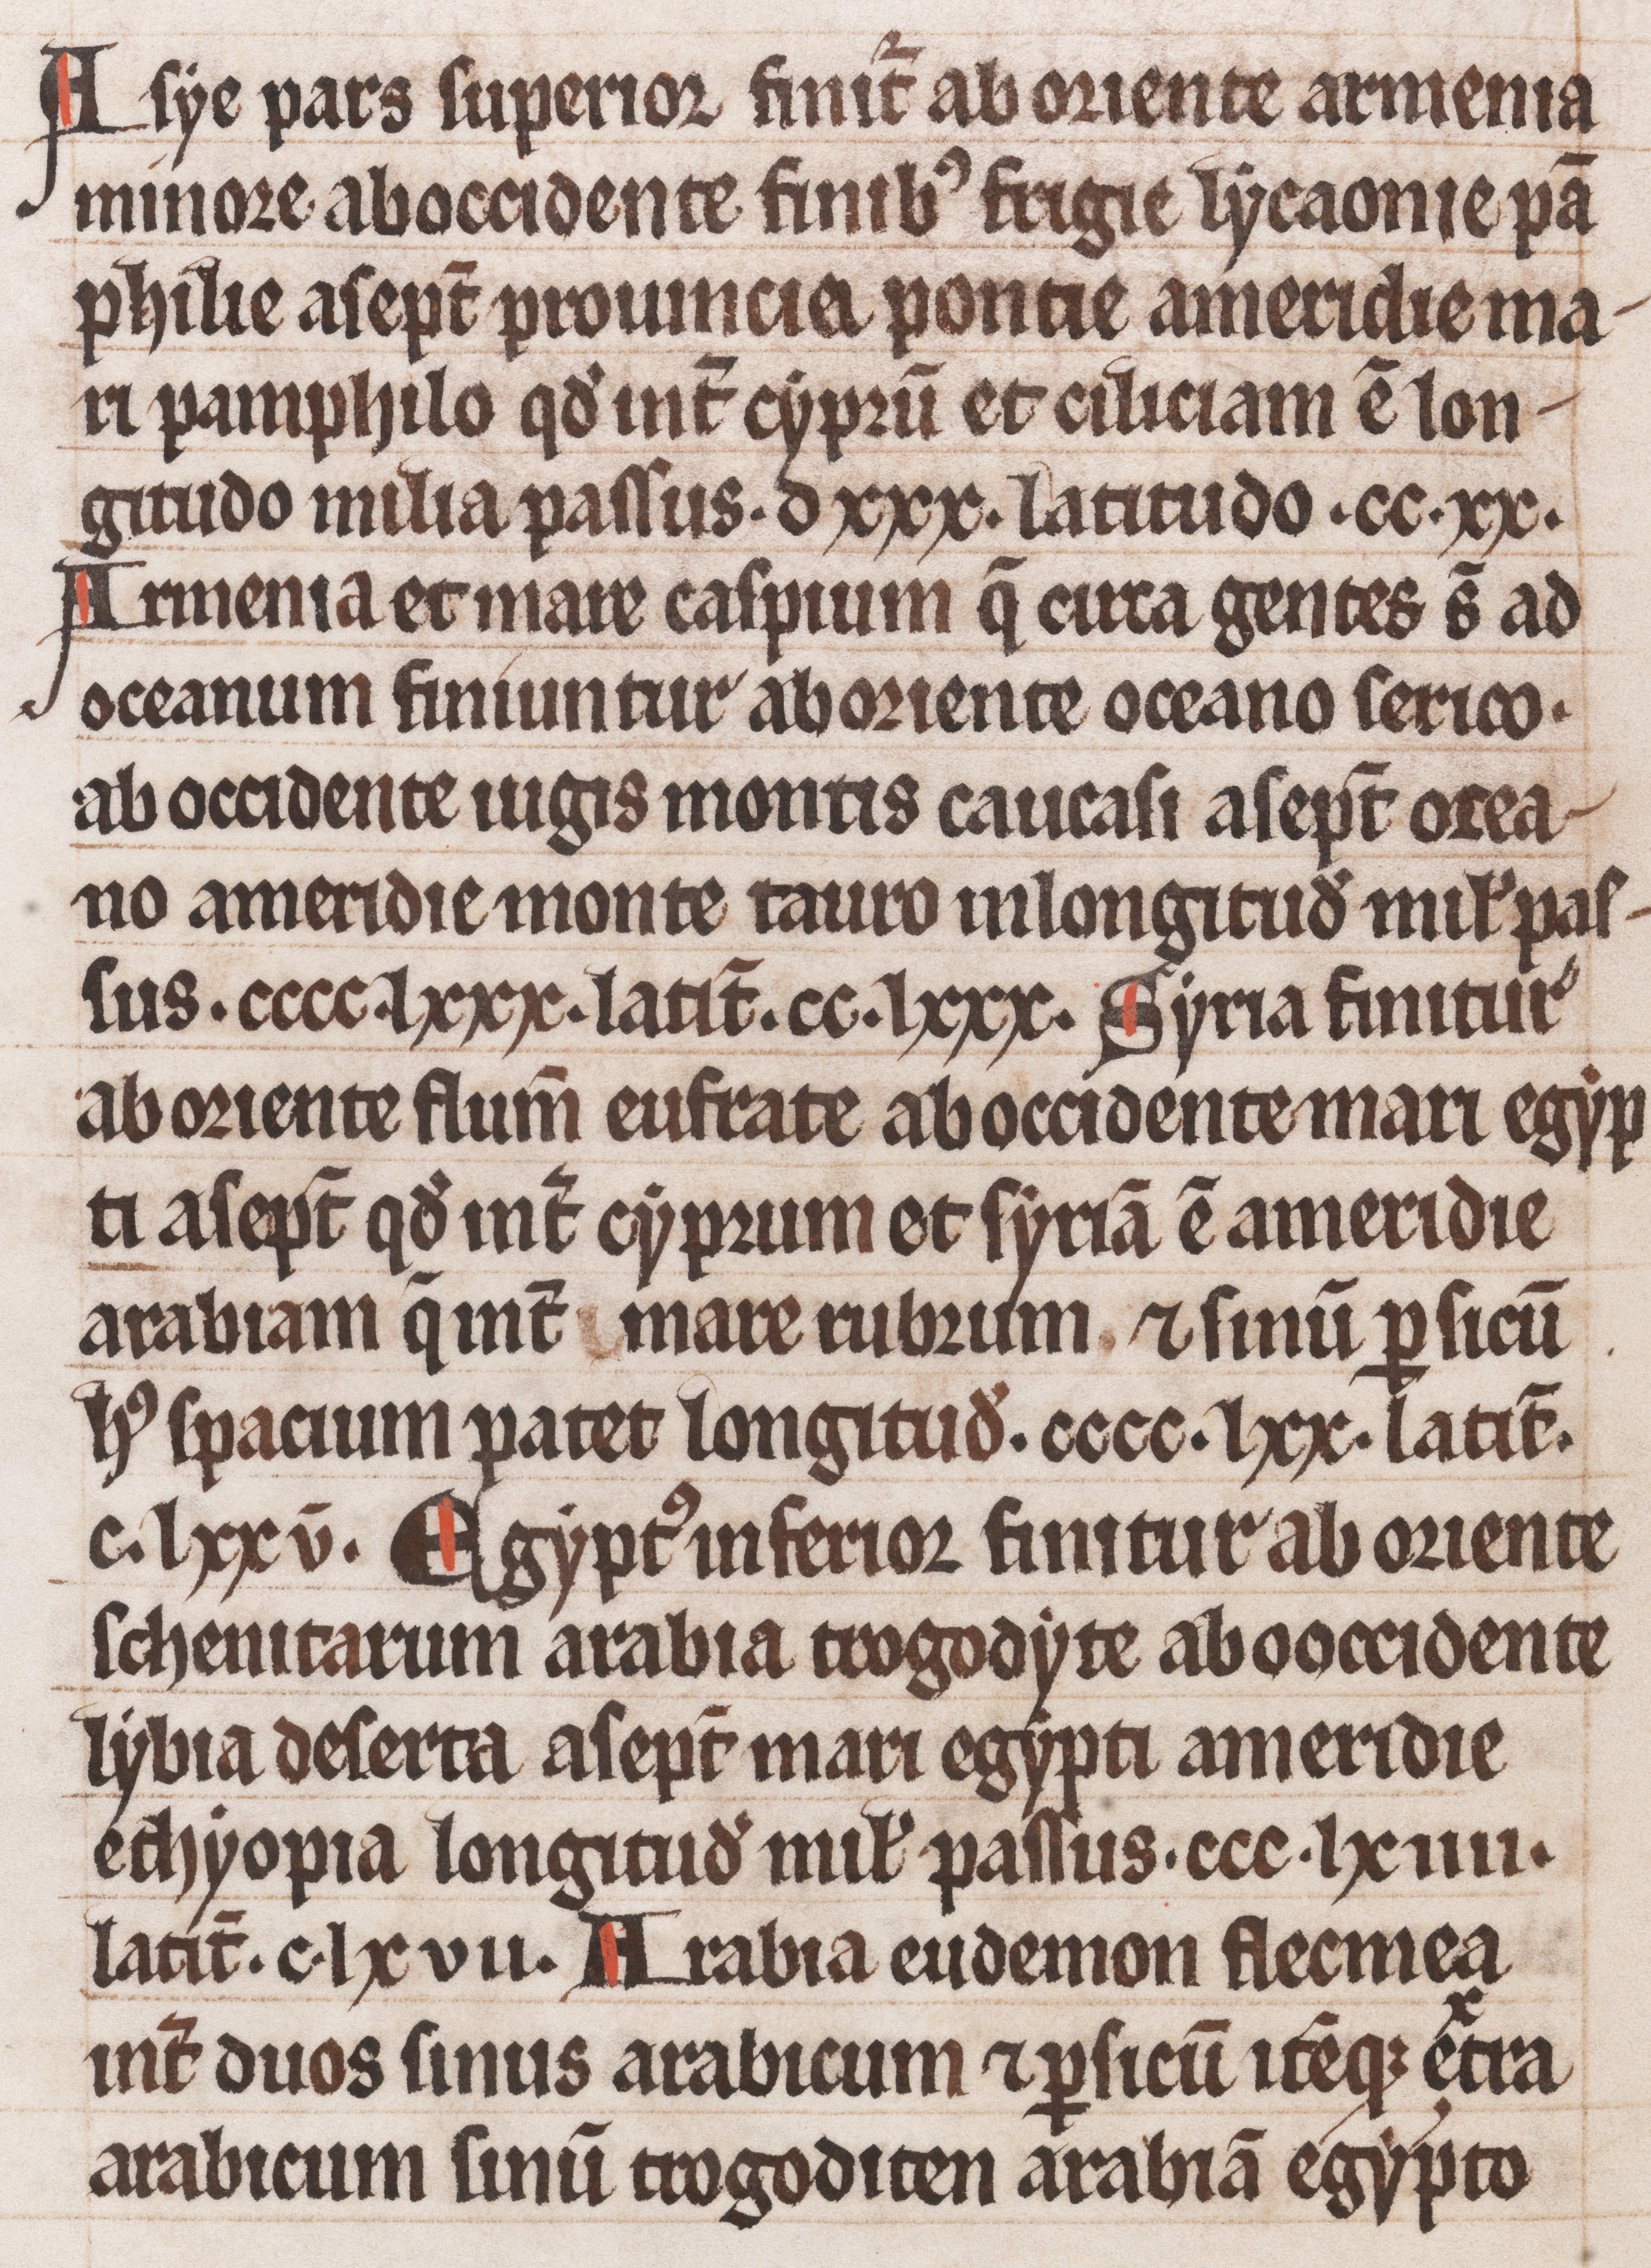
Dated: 1200–1299